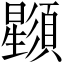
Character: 𣌌